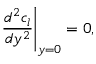
\left. { \frac { d ^ { 2 } c _ { l } } { d y ^ { 2 } } } \right| _ { y = 0 } = 0 ,